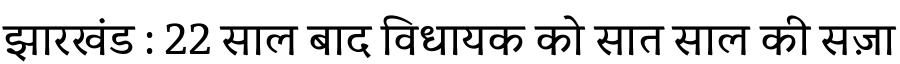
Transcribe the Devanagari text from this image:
झारखंड : 22 साल बाद विधायक को सात साल की सज़ा